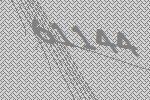
61144